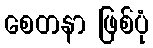
စေတနာ ဖြစ်ပုံ